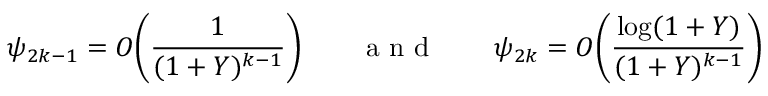
\psi _ { 2 k - 1 } = O \bigg ( \frac { 1 } { ( 1 + Y ) ^ { k - 1 } } \bigg ) \qquad \mathrm { ~ a ~ n ~ d ~ } \qquad \psi _ { 2 k } = O \bigg ( \frac { \log ( 1 + Y ) } { ( 1 + Y ) ^ { k - 1 } } \bigg )